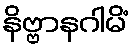
နိဗ္ဗာနဂါမိံ